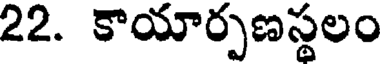
22. కాయార్పణస్థలం